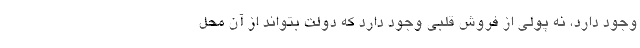
وجود دارد، نه پولی از فروش قلبی وجود دارد که دولت بتواند از آن محل